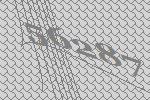
56287